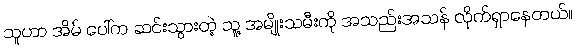
သူဟာ အိမ် ပေါ်က ဆင်းသွားတဲ့ သူ့ အမျိုးသမီးကို အသည်းအသန် လိုက်ရှာနေတယ်။